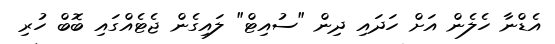
އެޑްނާ ހެލެން އަށް ހަދައި ދިން "ސުއިޓް" ލައިގެން ޖެޓެއްގައި ބޮބް ހުރި